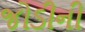
જોડીની